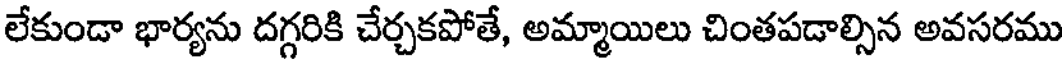
లేకుండా భార్యను దగ్గరికి చేర్చకపోతే, అమ్మాయిలు చింతపడాల్సిన అవసరము